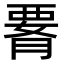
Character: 𦝫